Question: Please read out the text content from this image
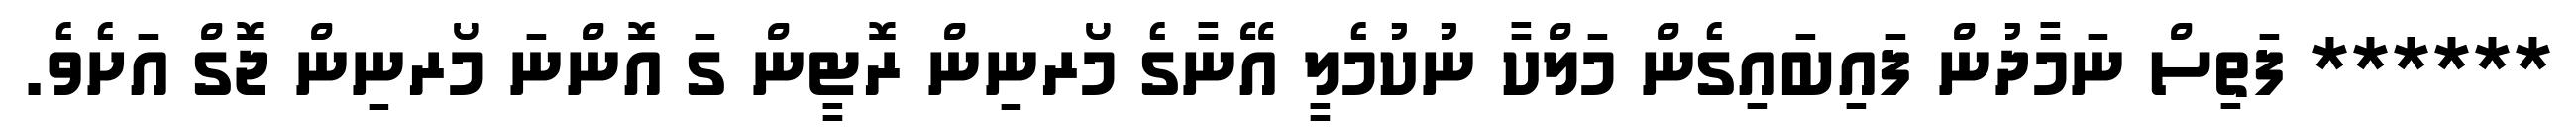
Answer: ****** ފަތިސް ނަމާދުން ފައިބައިގެން މަލްކާ ނުކުމެލީ އޭނާގެ މޯރނިން ރޮޓީން ގަ އޮންނަ މޯރނިން ޖޮގް އަށެވެ.